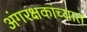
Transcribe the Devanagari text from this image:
अंगरक्षकांच्यात